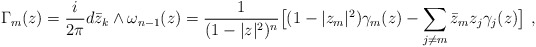
\begin{align*} \Gamma_m(z)=\frac i{2\pi}d\bar z_k\wedge\omega_{n-1}(z)= \frac 1{(1-|z|^2)^n}\bigl[(1-|z_m|^2) \gamma_m(z)-\sum_{j\neq m} \bar z_m z_j \gamma_j(z)\bigr]\ ,\end{align*}